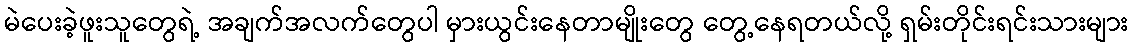
မဲပေးခဲ့ဖူးသူတွေရဲ့ အချက်အလက်တွေပါ မှားယွင်းနေတာမျိုးတွေ တွေ့နေရတယ်လို့ ရှမ်းတိုင်းရင်းသားများ